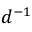
d ^ { - 1 }